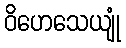
ဝိဟေသေယျုံ